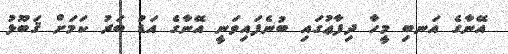
އޭނާގެ އަނބި މީހާ ދިފާޢުގައި ބުނެފައިވަނީ އޭނާގެ އަޑު ބަރު ކަމަށް ޤަބޫޅު